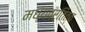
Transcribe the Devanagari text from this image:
मध्यवर्तित्व